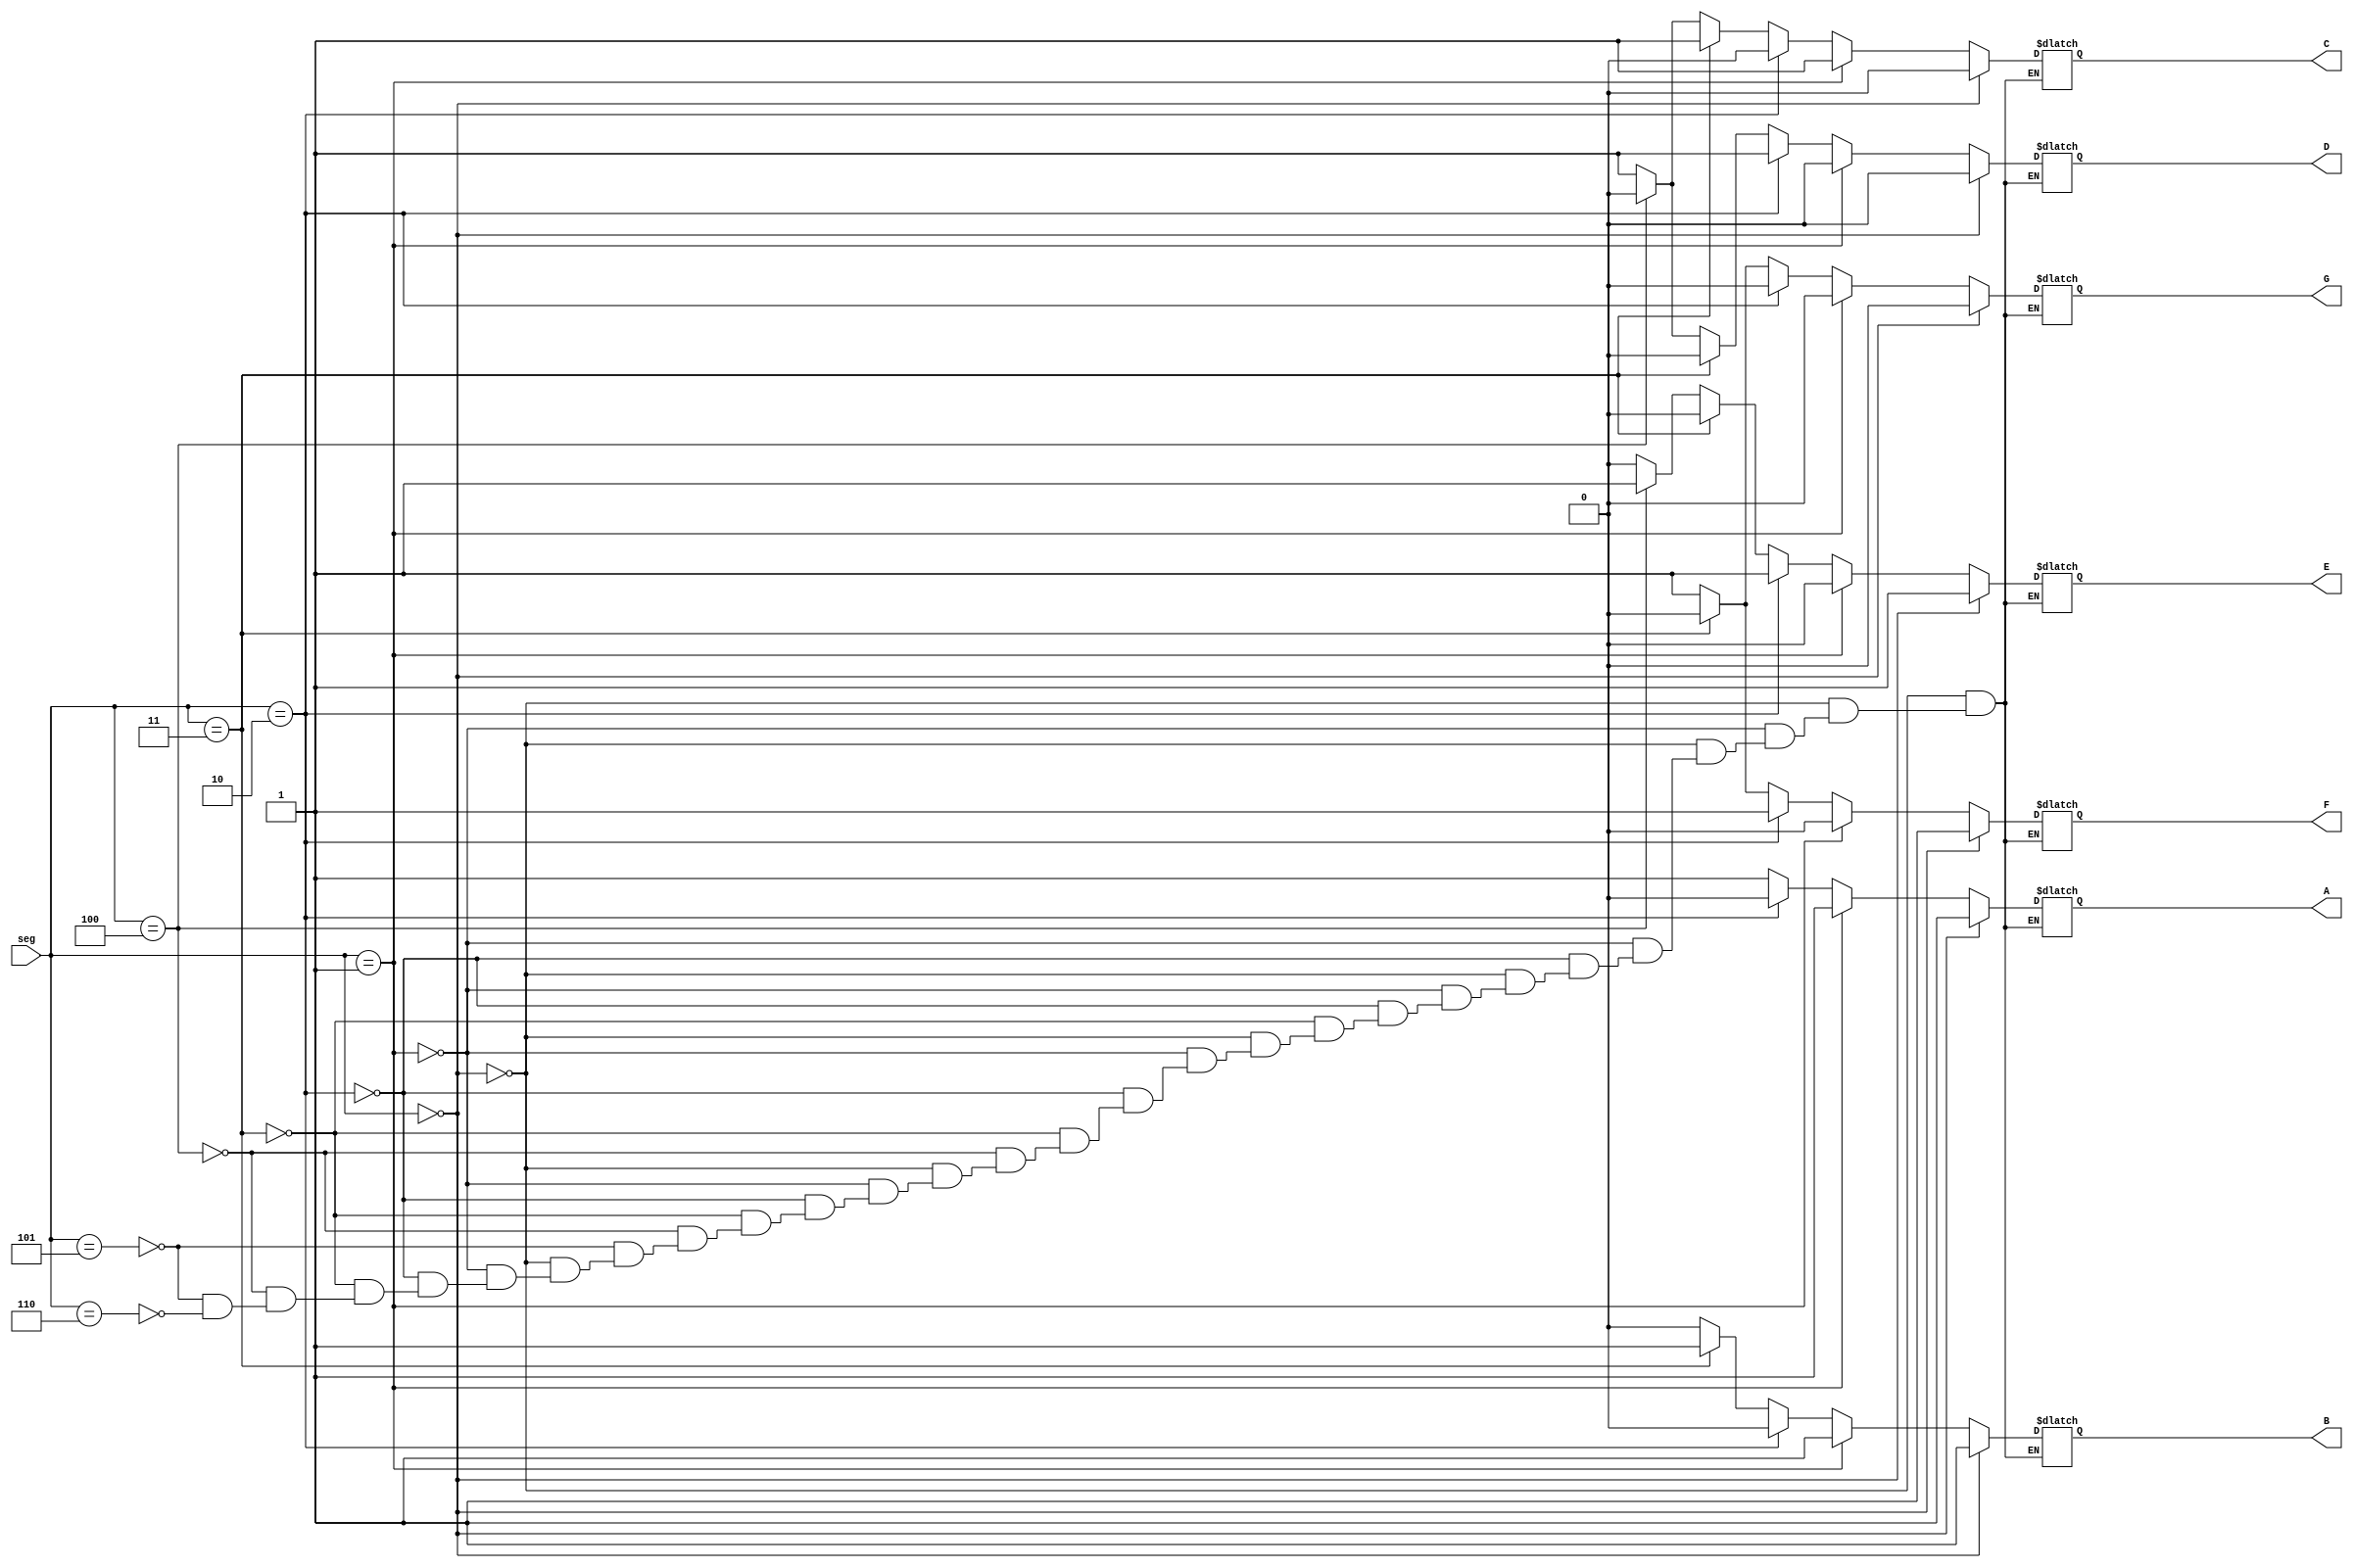
module FirstSeg(
    output A, B, C, D, E, F, G,
input [2:0]seg

);

reg A, B, C, D, E, F, G;

always @(seg)
begin 
if(seg==3'b000)//monday
begin
  A=1;
  B=1;
  C=0;
  D=0;
  E=1;
  F=1;
  G=0;
end
else if(seg==3'b001)//tuesday
begin
  A=1;
  B=1;
  C=1;
  D=0;
  E=0;
  F=0;
  G=0;
end
else if(seg==3'b010)//wednesday
begin 
A=0;
B=0;
C=0;
D=1;
E=1;
F=1;
G=0;
end
else if(seg==3'b011)//thursday
begin
  A=1;
  B=1;
  C=1;
  D=0;
  E=0;
  F=0;
  G=0;
end
else if(seg==3'b100)//friday
begin
  A=1;
  B=0;
  C=0;
  D=0;
  E=1;
  F=1;
  G=1;
end
else if(seg==3'b101)//saturday
begin
  A=1;
  B=0;
  C=1;
  D=1;
  E=0;
  F=1;
  G=1;
end
else if(seg==3'b110)//sunday
begin 
  A=1;
  B=0;
  C=1;
  D=1;
  E=0;
  F=1;
  G=1;
  next=mon;
 end
 end
endmodule